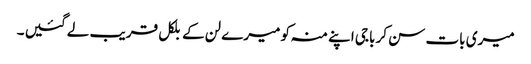
میری بات سن کر باجی اپنے منہ کو میرے لن کے بلکل قریب لے گئیں ۔